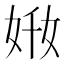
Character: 𡜘